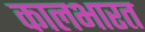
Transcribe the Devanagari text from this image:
कालभारत